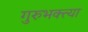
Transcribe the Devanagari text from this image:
गुरुभक्त्या